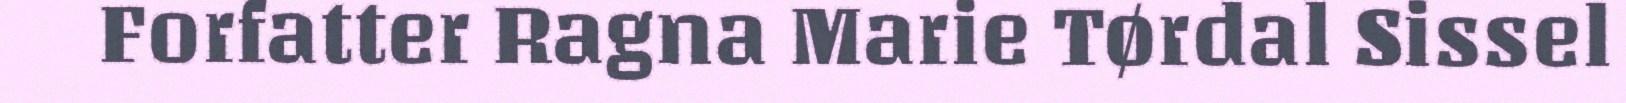
Forfatter Ragna Marie Tørdal Sissel